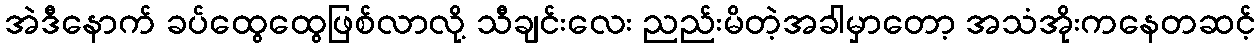
အဲဒီနောက် ခပ်ထွေထွေဖြစ်လာလို့ သီချင်းလေး ညည်းမိတဲ့အခါမှာတော့ အသံအိုးကနေတဆင့်